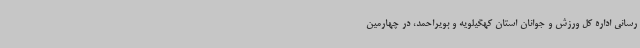
رسانی اداره کل ورزش و جوانان استان کهگیلویه و بویراحمد، در چهارمین